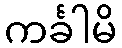
ကင်္ခါမိ